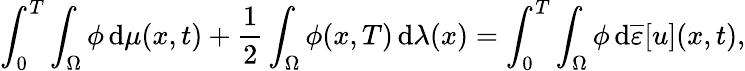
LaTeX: \int_{0}^{T}\int_{\Omega}\phi\, \mathrm{d}\mu(x,t)+\frac 12\int_{\Omega}\phi(x,T)\, \mathrm{d}\lambda(x)=\int_{0}^{T}\int_{\Omega}\phi\, \mathrm{d}\overline{\varepsilon}[u](x,t),